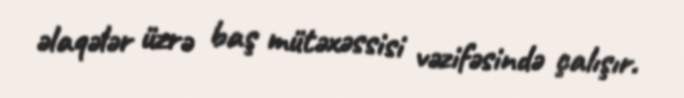
əlaqələr üzrə baş mütəxəssisi vəzifəsində çalışır.